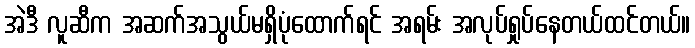
အဲဒီ လူဆီက အဆက်အသွယ်မရှိပုံထောက်ရင် အရမ်း အလုပ်ရှုပ်နေတယ်ထင်တယ်။